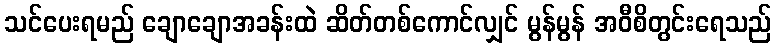
သင်ပေးရမည် ချောချောအခန်းထဲ ဆိတ်တစ်ကောင်လျှင် မွန်မွန် အဝီစိတွင်းရေသည်